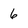
Character: 6